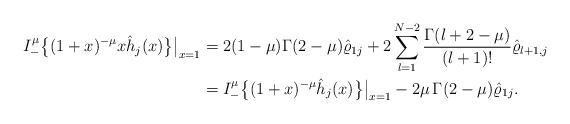
\begin{align*}I_-^\mu \big\{(1+x)^{-\mu} x\hat h_j(x)\big\}\big|_{x=1}&= 2(1-\mu)\Gamma(2-\mu) \hat \varrho_{1j}+ 2 \sum_{l=1}^{N-2} \frac{\Gamma(l+2-\mu)}{(l+1)!} \hat \varrho_{l+1,j}\\&=I_-^\mu \big\{(1+x)^{-\mu} \hat h_j(x)\big\}\big|_{x=1}- 2\mu\,\Gamma(2-\mu) \hat \varrho_{1j}.\end{align*}